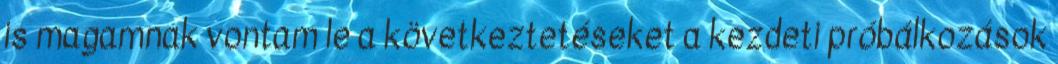
is magamnak vontam le a következtetéseket a kezdeti próbálkozások